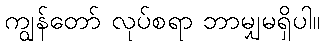
ကျွန်တော် လုပ်စရာ ဘာမျှမရှိပါ။